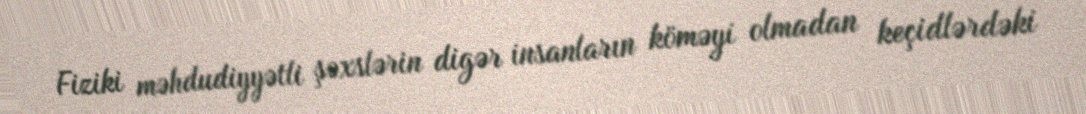
Fiziki məhdudiyyətli şəxslərin digər insanların köməyi olmadan keçidlərdəki